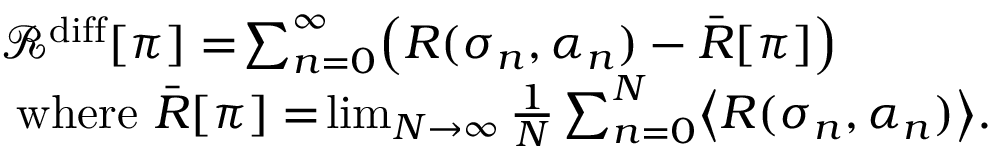
\begin{array} { r l } & { \mathcal { R } ^ { \mathrm { d i f f } } [ \pi ] = \! \sum _ { n = 0 } ^ { \infty } \! \left( R ( \sigma _ { n } , \alpha _ { n } ) - \bar { R } [ \pi ] \right) \! } \\ & { \mathrm { ~ w h e r e ~ } \bar { R } [ \pi ] = \! \operatorname* { l i m } _ { N \to \infty } \frac { 1 } { N } \sum _ { n = 0 } ^ { N } \! \left\langle R ( \sigma _ { n } , \alpha _ { n } ) \right\rangle \! . } \end{array}